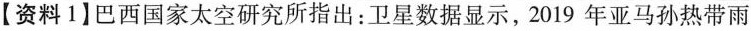
【资料1】巴西国家太空研究所指出：卫星数据显示，2019年亚马孙热带雨